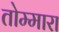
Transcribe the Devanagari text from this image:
तोम्मारा